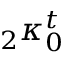
{ } _ { 2 } \kappa _ { 0 } ^ { t }